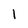
Character: 1